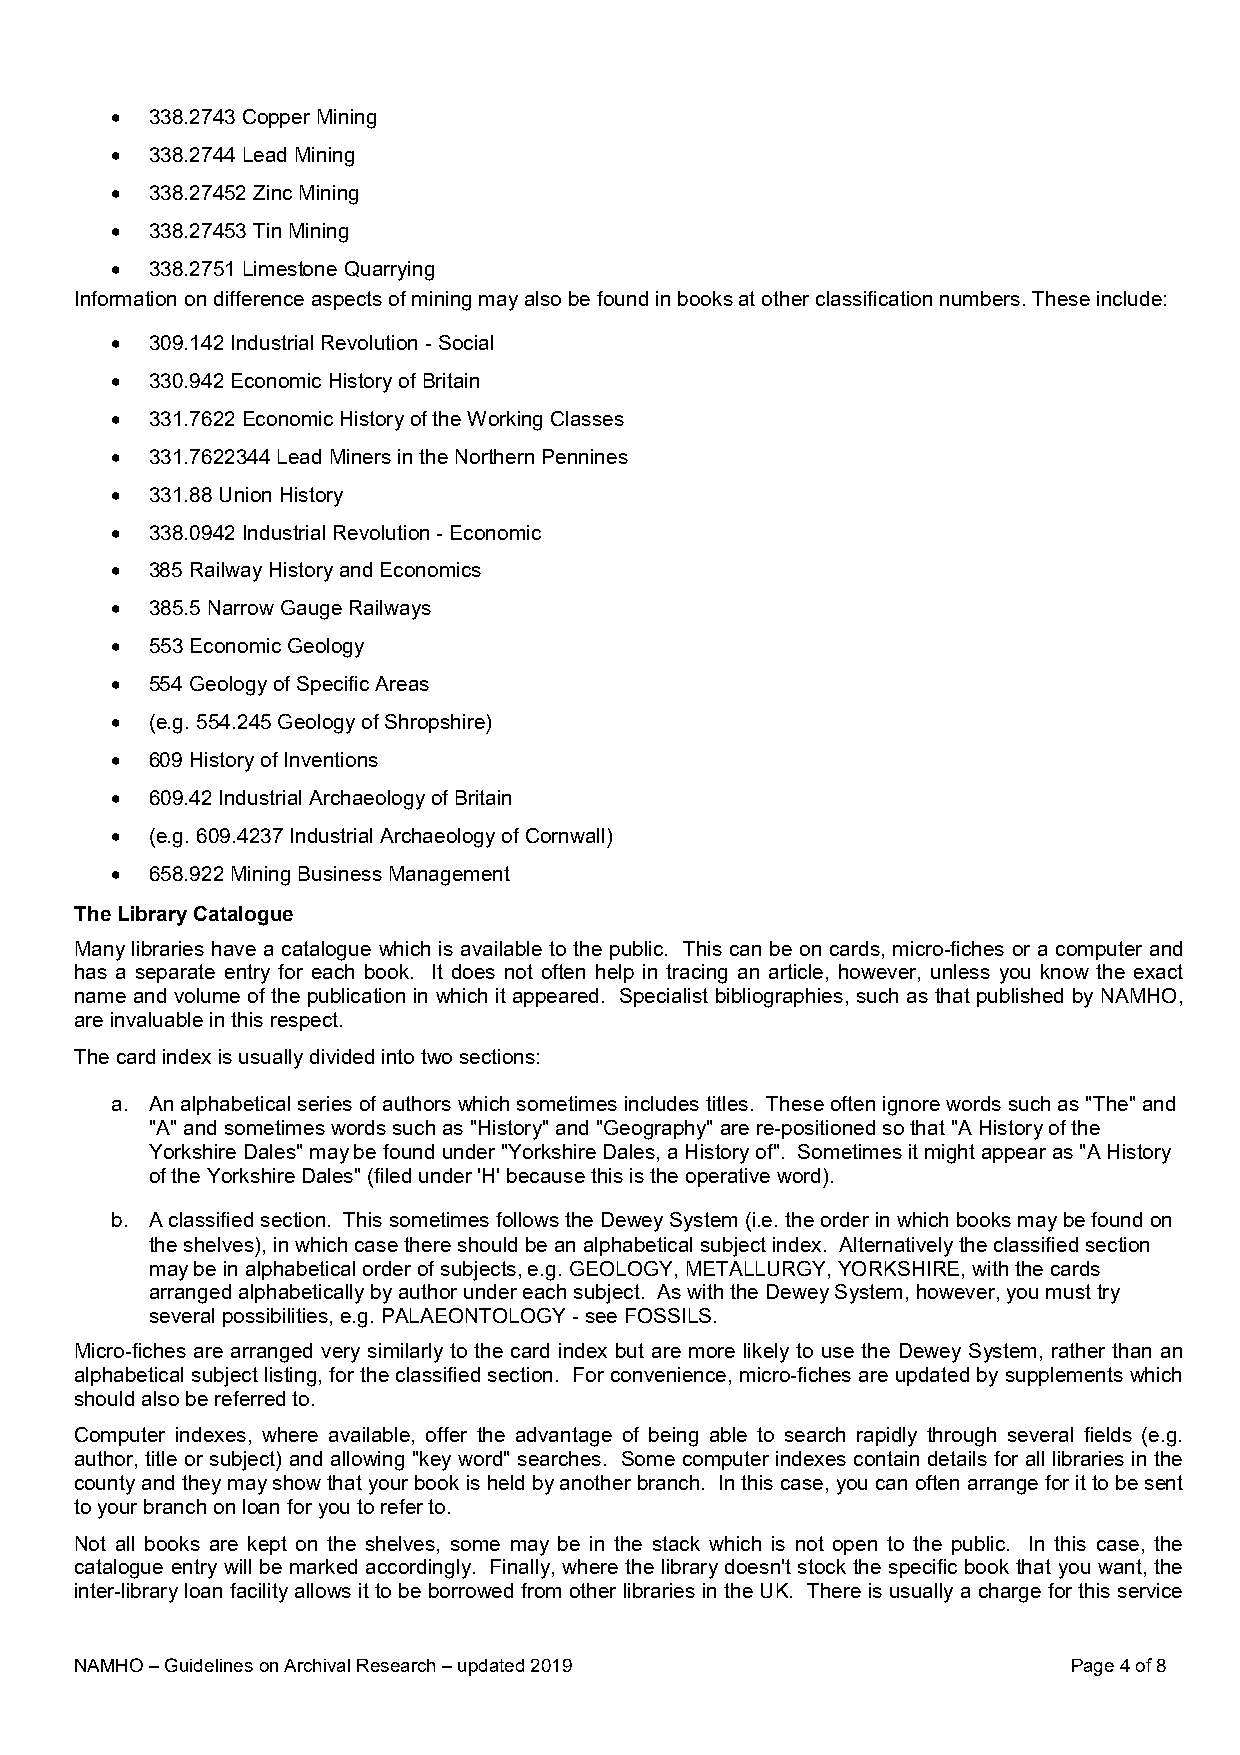
• 338.2743 Copper Mining
 • 338.2744 Lead Mining
 • 338.27452 Zinc Mining
 • 338.27453 Tin Mining
 • 338.2751 Limestone Quarrying
 Information on difference aspects of mining may also be found in books at other classification numbers. These include:
 • 309.142 Industrial Revolution - Social
 • 330.942 Economic History of Britain
 • 331.7622 Economic History of the Working Classes
 • 331.7622344 Lead Miners in the Northern Pennines
 • 331.88 Union History
 • 338.0942 Industrial Revolution - Economic
 • 385 Railway History and Economics
 • 385.5 Narrow Gauge Railways
 • 553 Economic Geology
 • 554 Geology of Specific Areas
 • (e.g. 554.245 Geology of Shropshire)
 • 609 History of Inventions
 • 609.42 Industrial Archaeology of Britain
 • (e.g. 609.4237 Industrial Archaeology of Cornwall)
 • 658.922 Mining Business Management
 The Library Catalogue
 Many libraries have a catalogue which is available to the public. This can be on cards, micro-fiches or a computer and
 has a separate entry for each book. It does not often help in tracing an article, however, unless you know the exact
 name and volume of the publication in which it appeared. Specialist bibliographies, such as that published by NAMHO,
 are invaluable in this respect.
 The card index is usually divided into two sections:
 a. An alphabetical series of authors which sometimes includes titles. These often ignore words such as "The" and
 "A" and sometimes words such as "History" and "Geography" are re-positioned so that "A History of the
 Yorkshire Dales" may be found under "Yorkshire Dales, a History of". Sometimes it might appear as "A History
 of the Yorkshire Dales" (filed under 'H' because this is the operative word).
 b. A classified section. This sometimes follows the Dewey System (i.e. the order in which books may be found on
 the shelves), in which case there should be an alphabetical subject index. Alternatively the classified section
 may be in alphabetical order of subjects, e.g. GEOLOGY, METALLURGY, YORKSHIRE, with the cards
 arranged alphabetically by author under each subject. As with the Dewey System, however, you must try
 several possibilities, e.g. PALAEONTOLOGY - see FOSSILS.
 Micro-fiches are arranged very similarly to the card index but are more likely to use the Dewey System, rather than an
 alphabetical subject listing, for the classified section. For convenience, micro-fiches are updated by supplements which
 should also be referred to.
 Computer indexes, where available, offer the advantage of being able to search rapidly through several fields (e.g.
 author, title or subject) and allowing "key word" searches. Some computer indexes contain details for all libraries in the
 county and they may show that your book is held by another branch. In this case, you can often arrange for it to be sent
 to your branch on loan for you to refer to.
 Not all books are kept on the shelves, some may be in the stack which is not open to the public. In this case, the
 catalogue entry will be marked accordingly. Finally, where the library doesn't stock the specific book that you want, the
 inter-library loan facility allows it to be borrowed from other libraries in the UK. There is usually a charge for this service
 NAMHO – Guidelines on Archival Research – updated 2019 Page 4 of 8